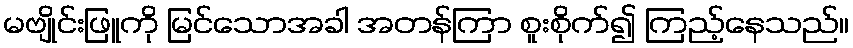
မဗျိုင်းဖြူကို မြင်သောအခါ အတန်ကြာ စူးစိုက်၍ ကြည့်နေသည်။